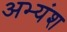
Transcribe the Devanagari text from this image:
अभ्यंश